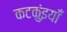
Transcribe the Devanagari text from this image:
कटकुंइयाँ